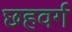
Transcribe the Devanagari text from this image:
छहवर्ग